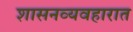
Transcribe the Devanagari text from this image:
शासनव्यवहारात